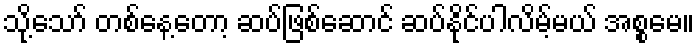
သို့သော် တစ်နေ့တော့ ဆပ်ဖြစ်ဆောင် ဆပ်နိုင်ပါလိမ့်မယ် အစ္စမေ။